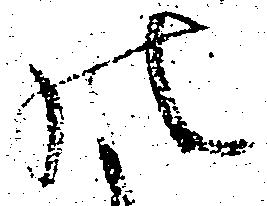
の